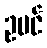
ဥမင်